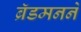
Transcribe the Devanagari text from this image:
ब्रॅडमनने